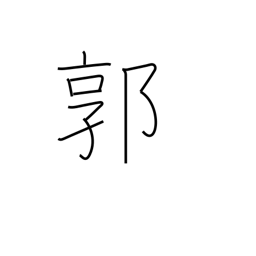
Meaning: red-light district